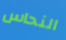
النحاس